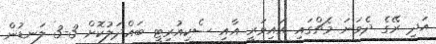
އަދި ރޭގެ ދެވަނަ މެޗްގައި އައިވަރީ އާއި ސެކިއުރިޓީ ބައްދަލުކޮށް 3-3 ލަނޑުން